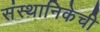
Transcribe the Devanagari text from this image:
संस्थानिकेची